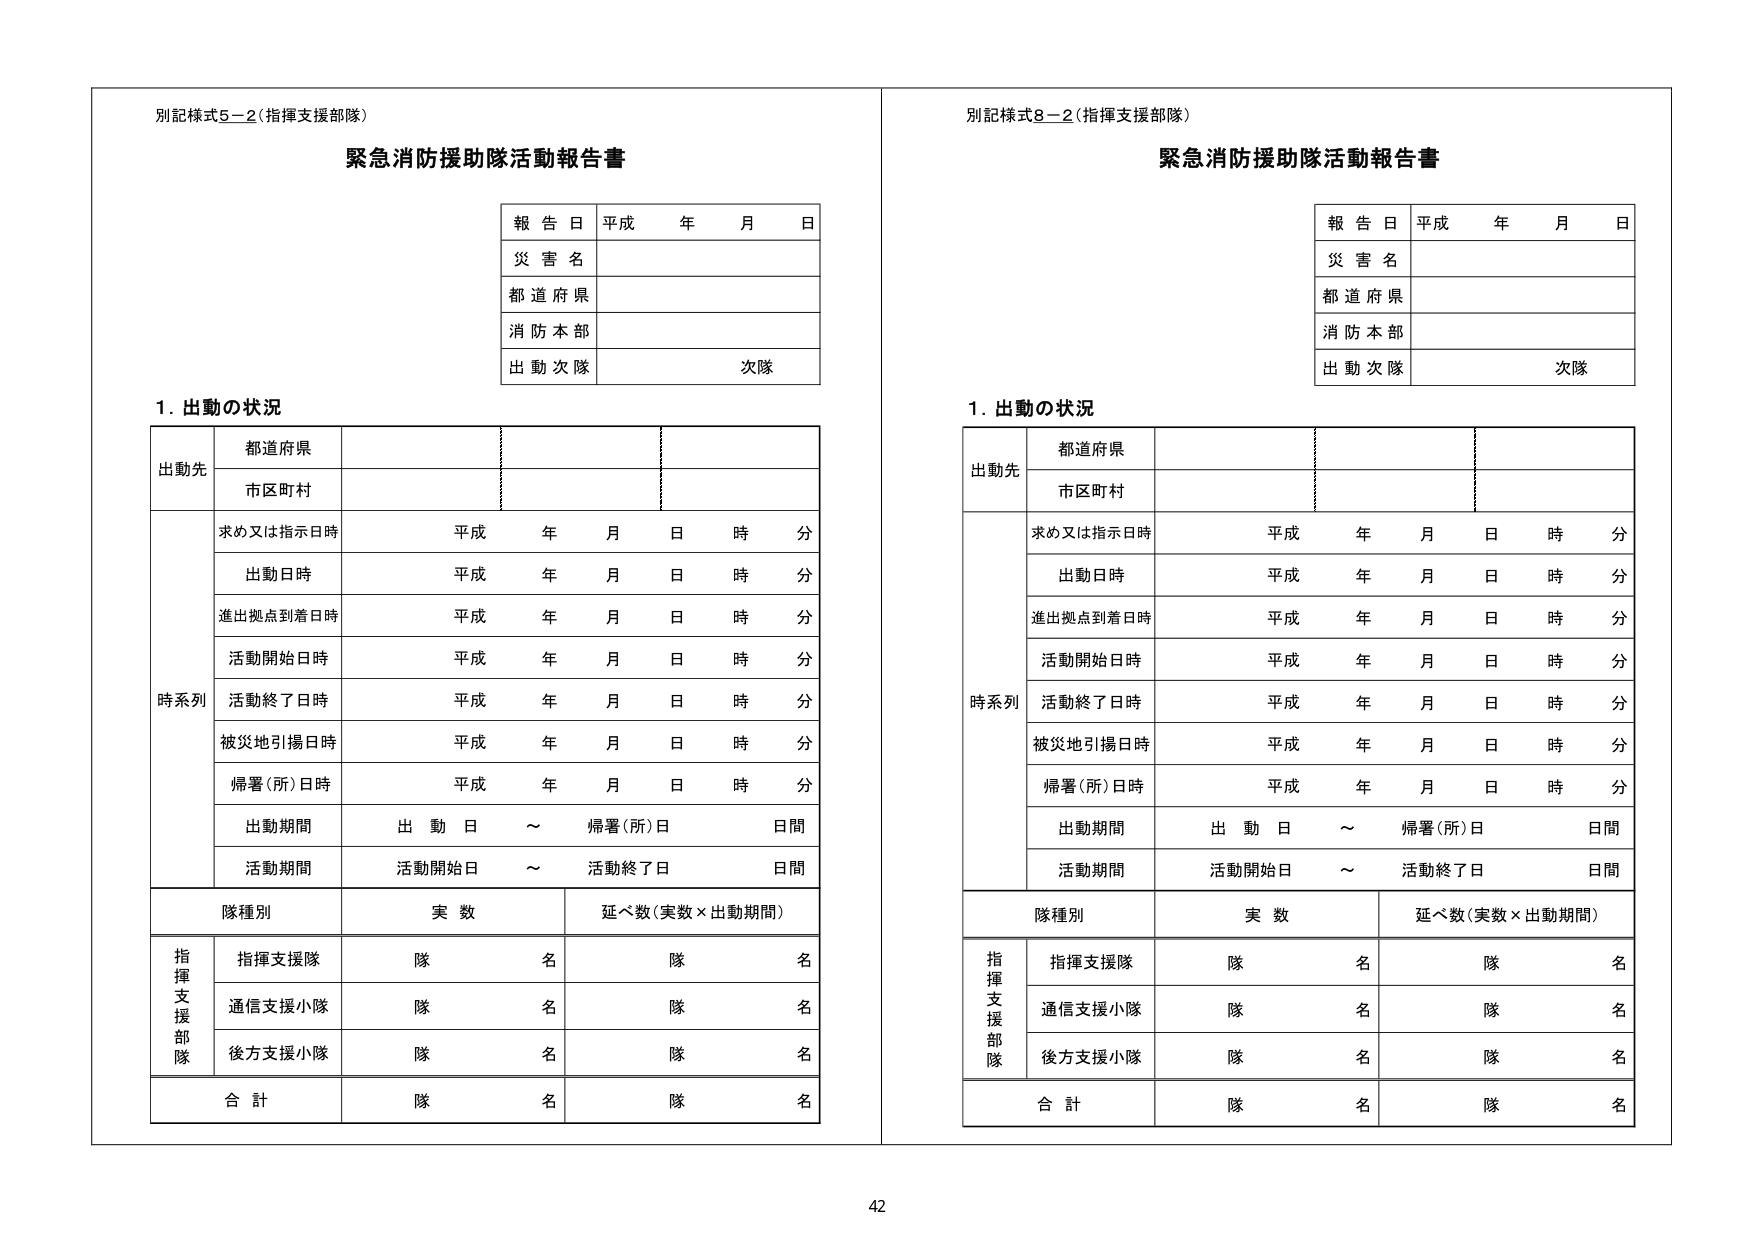
別記様式5－2（指揮支援部隊）
緊急消防援助隊活動報告書

報告日 平成 年 月 日
災害名
都道府県
消防本部
出動次隊 次隊

1. 出動の状況

出動先
都道府県
市区町村

時系列
求め又は指示日時 平成 年 月 日 時 分
出動日時 平成 年 月 日 時 分
進出拠点到着日時 平成 年 月 日 時 分
活動開始日時 平成 年 月 日 時 分
活動終了日時 平成 年 月 日 時 分
被災地引揚日時 平成 年 月 日 時 分
帰署（所）日時 平成 年 月 日 時 分
出動期間 出動日 ～ 帰署（所）日 日間
活動期間 活動開始日 ～ 活動終了日 日間

隊種別 実数 延べ数（実数×出動期間）
指揮支援部隊
　指揮支援隊 隊 名 隊 名
　通信支援小隊 隊 名 隊 名
　後方支援小隊 隊 名 隊 名
合計 隊 名 隊 名

別記様式8－2（指揮支援部隊）
緊急消防援助隊活動報告書

報告日 平成 年 月 日
災害名
都道府県
消防本部
出動次隊 次隊

1. 出動の状況

出動先
都道府県
市区町村

時系列
求め又は指示日時 平成 年 月 日 時 分
出動日時 平成 年 月 日 時 分
進出拠点到着日時 平成 年 月 日 時 分
活動開始日時 平成 年 月 日 時 分
活動終了日時 平成 年 月 日 時 分
被災地引揚日時 平成 年 月 日 時 分
帰署（所）日時 平成 年 月 日 時 分
出動期間 出動日 ～ 帰署（所）日 日間
活動期間 活動開始日 ～ 活動終了日 日間

隊種別 実数 延べ数（実数×出動期間）
指揮支援部隊
　指揮支援隊 隊 名 隊 名
　通信支援小隊 隊 名 隊 名
　後方支援小隊 隊 名 隊 名
合計 隊 名 隊 名

42